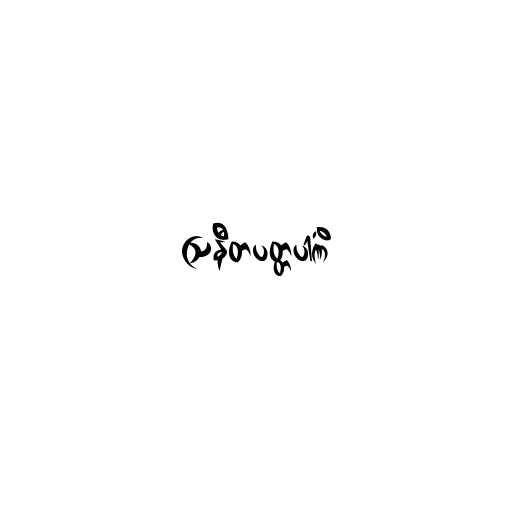
ဩနီတပတ္တပါဏိံ